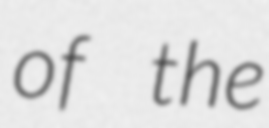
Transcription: of the